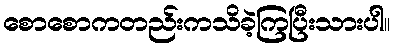
စောစောကတည်းကသိခဲ့ကြပြီးသားပါ။